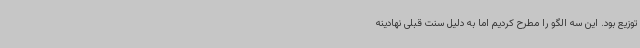
توزیع بود. این سه الگو را مطرح کردیم اما به دلیل سنت قبلی نهادینه